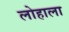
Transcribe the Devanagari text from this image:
लोहाला